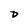
Character: D